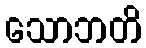
သောဘတိ